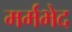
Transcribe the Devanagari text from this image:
मर्मभेद